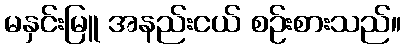
မနှင်းမြူ အနည်းငယ် စဉ်းစားသည်။